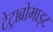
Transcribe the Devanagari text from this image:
टेट्राब्रोमाइट